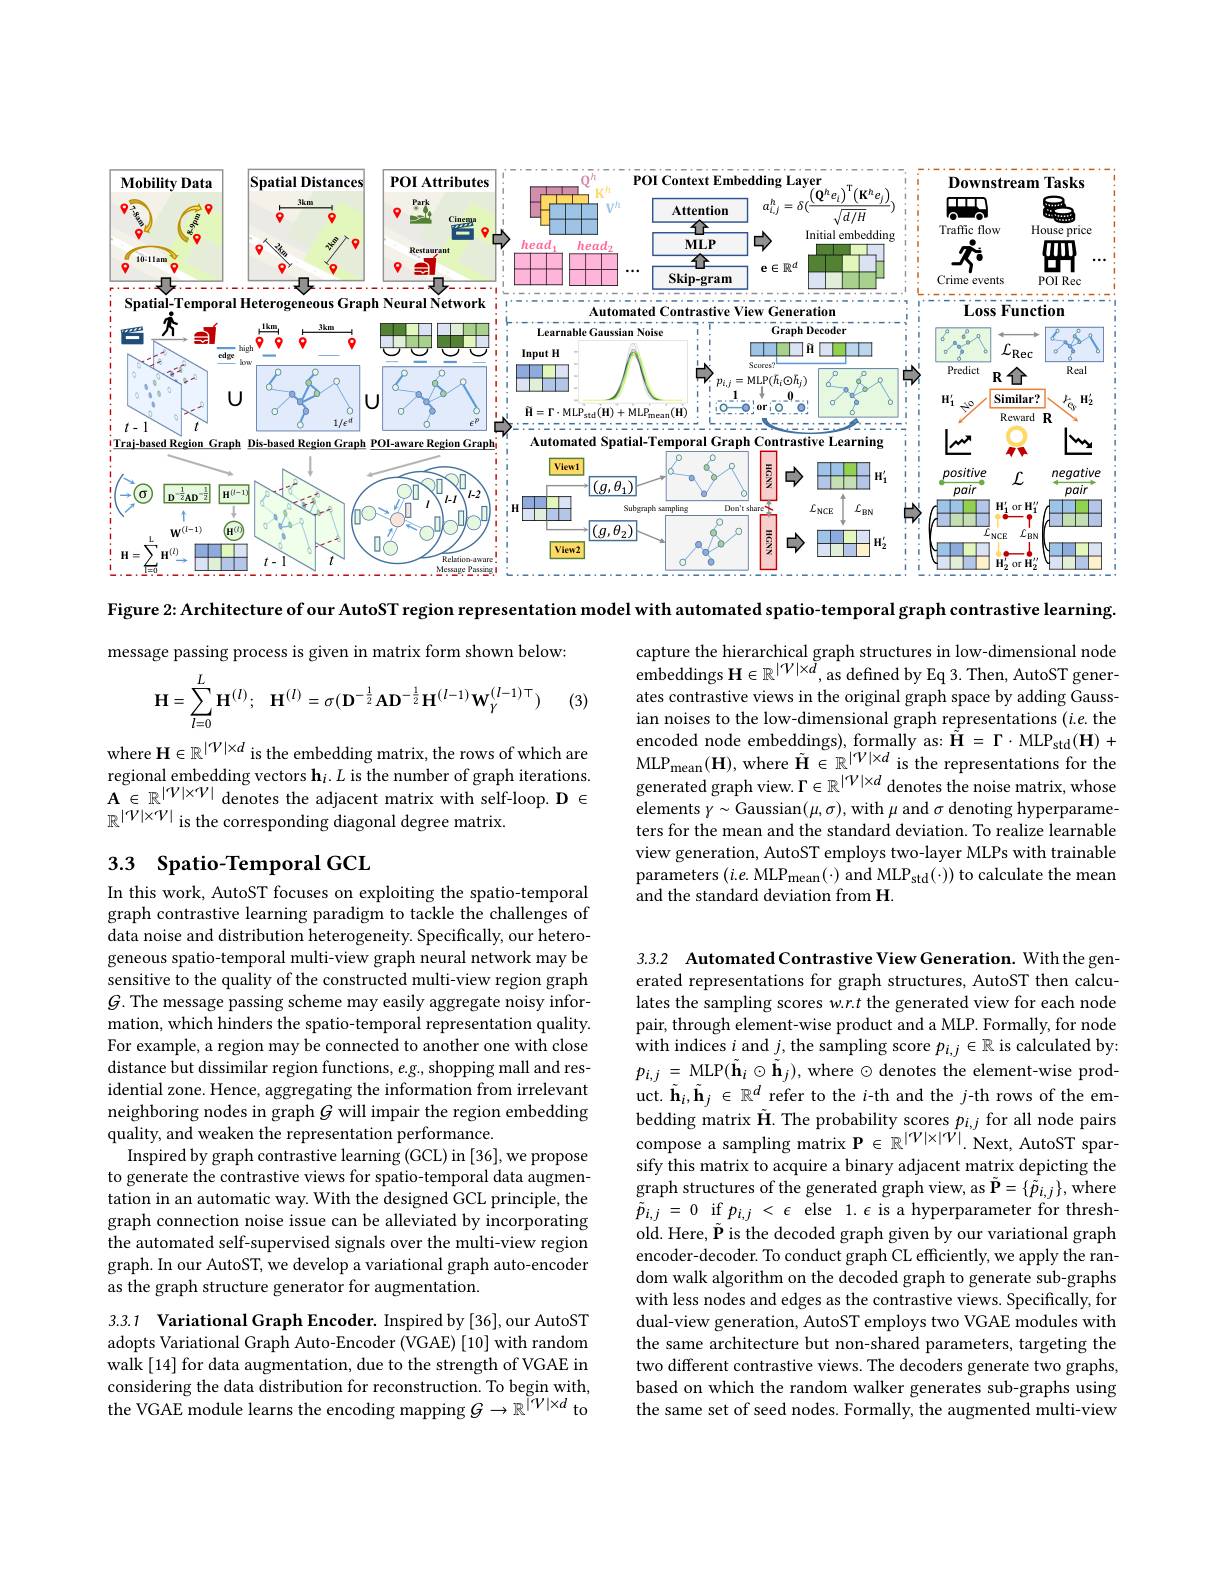
<FigureHere>

Figure 2: Architecture of our AutoST region representation model with automated spatio-temporal graph contrastive learning.

message passing process is given in matrix form shown below:

(3)
$$\mathbf H=\sum\limits_{l=0}^{L}\mathbf H^{(l)};\quad\mathbf H^{(l)}=\sigma(\mathbf D^{-\frac{1}{2}}\mathbf A\mathbf D^{-\frac{1}{2}}\mathbf H^{(l-1)}\mathbf W_{\gamma}^{(l-1)\top})$$
capture the hierarchical graph structures in low-dimensional node embeddings H$\in R^| V| \times \tilde{d} , as defined by Eq 3. Then, AutoST gener-$ ates contrastive views in the original graph space by adding Gaussian noises to the low-dimensional graph representations ($i.e.$ the encoded node embeddings), formally as: $\tilde{\mathbf{H} } = \Gamma \cdot \mathrm{MLP}_{\mathrm{std}}( \mathbf{H} ) +$ ML$P_{mean}$( H) , where $\tilde{\mathbf{H} } \in \mathbb{R} ^{| V| \times d}$ is the representations for the generated graph view. $\Gamma \in R^| V| \times d$ denotes the noise matrix, whose elements $\gamma\sim$Gaussian$(\mu,\sigma)$, with $\mu$ and $\sigma$ denoting hyperparameters for the mean and the standard deviation. To realize learnable view generation, AutoST employs two-layer MLPs with trainable parameters $(i.e.$MLPmean(·) and MLP$_\mathrm{std}(\cdot))$ to calculate the mean and the standard deviation from H.

where H$\in\mathbb{R}^|\mathcal{V}|\times d$ is the embedding matrix, the rows of which are regional embedding vectors $\mathbf{h}_i.L$ is the number of graph iterations. $\mathbf{A}\in\mathbb{R}^{|\mathcal{V}|\times\mathcal{V}|}$ denotes the adjacent matrix with self-loop. D $\mathbf{D}\in$ $\mathbb{R}^{|\mathcal{V}|\times\mathcal{V}|}$ is the corresponding diagonal degree matrix.

## 3.3 Spatio-Temporal GCI

In this work, AutoST focuses on exploiting the spatio-temporal graph contrastive learning paradigm to tackle the challenges of data noise and distribution heterogeneity. Specifically, our heterogeneous spatio-temporal multi-view graph neural network may be sensitive to the quality of the constructed multi-view region graph $G.$ The message passing scheme may easily aggregate noisy information, which hinders the spatio-temporal representation quality. For example, a region may be connected to another one with close distance but dissimilar region functions, $e.g.$, shopping mall and residential zone. Hence, aggregating the information from irrelevant neighboring nodes in graph $G$ will impair the region embedding quality, and weaken the representation performance.
Inspired by graph contrastive learning (GCL) in [36], we propose to generate the contrastive views for spatio-temporal data augmentation in an automatic way. With the designed GCL principle, the graph connection noise issue can be alleviated by incorporating the automated self-supervised signals over the multi-view region graph. In our AutoST, we develop a variational graph auto-encoder as the graph structure generator for augmentation.

3.3.2 Automated Contrastive View Generation. With the generated representations for graph structures, AutoST then calculates the sampling scores w.r.t the generated view for each node pair, through element-wise product and a MLP. Formally, for node with indices $i$ and $j$,the sampling score $p_i,j\in\mathbb{R}$ is calculated by: $p_{i, j}$ = MLP$( \tilde{\mathbf{h} } _{i}\odot \tilde{\mathbf{h} } _{j}) $,where $\odot$denotes the element-wise product. $\tilde{\mathbf{h}}_i,\tilde{\mathbf{h}}_j\in\mathbb{R}^d$ refer to the $i$-th and the $j$-th rows of the embedding matrix $\tilde{\mathbf{H} } .$The probability scores $p_{i, j}$ for all node pairs compose a sampling matrix P$\in \mathbb{R} ^{| V| \times | V| }.$ Next, AutoST sparsify this matrix to acquire a binary adjacent matrix depicting the $\dot{\text{graph structures of the generated graph view, as }\tilde{\mathbf{P}}}=\{\tilde{p}_{i,j}\}$,where $\tilde{p} _{i, j}= 0$ if $p_{i, j}< \epsilon$ else 1.$\epsilon$ is a hyperparameter for threshold. Here, $\tilde{\mathbf{P}}$ is the decoded graph given by our variational graph encoder-decoder. To conduct graph CL efficiently, we apply the random walk algorithm on the decoded graph to generate sub-graphs with less nodes and edges as the contrastive views. Specifically, for dual-view generation, AutoST employs two VGAE modules with the same architecture but non-shared parameters, targeting the two different contrastive views. The decoders generate two graphs, based on which the random walker generates sub-graphs using the same set of seed nodes. Formally, the augmented multi-view

3.3.1 Variational Graph Encoder. Inspired by [36],our AutoST adopts Variational Graph Auto-Encoder (VGAE) [10] with random walk [14] for data augmentation, due to the strength of VGAE in considering the data distribution for reconstruction. To begin with, the VGAE module learns the encoding mapping $G\to\mathbb{R}^|\mathcal{V}|\times d$ to